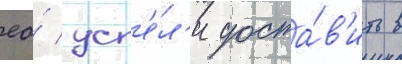
ео́ усп'е́л'и доста́в'ить в